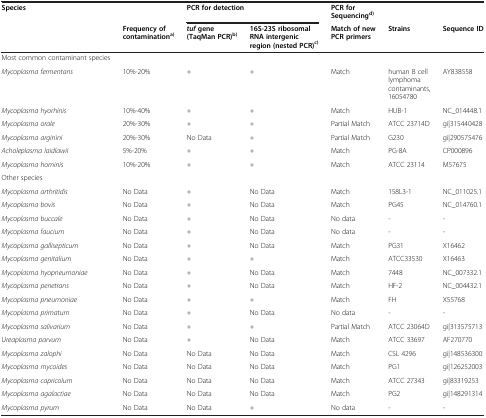
<table><thead><tr><td><b>Species</b></td><td><b> </b></td><td colspan="2"><b>PCR for detection</b></td><td><b>PCR for Sequencing<sup>d)</sup></b></td><td><b> </b></td><td><b> </b></td></tr><tr><td><b> </b></td><td><b>Frequency of contamination<sup>a)</sup></b></td><td><b><i>tuf</i>gene (TaqMan PCR)<sup>b)</sup></b></td><td><b>16S-23S ribosomal RNA intergenic region (nested PCR)<sup>c)</sup></b></td><td><b>Match of new PCR primers</b></td><td><b>Strains</b></td><td><b>Sequence ID</b></td></tr></thead><tbody><tr><td>Most common contaminant species</td><td> </td><td> </td><td> </td><td> </td><td> </td><td> </td></tr><tr><td><i>Mycoplasma fermentans</i></td><td>10%-20%</td><td>+</td><td>+</td><td>Match</td><td>human B cell lymphoma contaminants, 16054780</td><td>AY838558</td></tr><tr><td><i>Mycoplasma hyorhinis</i></td><td>10%-40%</td><td>+</td><td>+</td><td>Match</td><td>HUB-1</td><td>NC_014448.1</td></tr><tr><td><i>Mycoplasma orale</i></td><td>20%-30%</td><td>+</td><td>+</td><td>Partial Match</td><td>ATCC 23714D</td><td>gi|315440428</td></tr><tr><td><i>Mycoplasma arginini</i></td><td>20%-30%</td><td>No Data</td><td>+</td><td>Partial Match</td><td>G230</td><td>gi|290575476</td></tr><tr><td><i>Acholeplasma laidlawii</i></td><td>5%-20%</td><td>+</td><td>+</td><td>Match</td><td>PG-8A</td><td>CP000896</td></tr><tr><td><i>Mycoplasma hominis</i></td><td>10%-20%</td><td>+</td><td>+</td><td>Match</td><td>ATCC 23114</td><td>M57675</td></tr><tr><td>Other species</td><td> </td><td> </td><td> </td><td> </td><td> </td><td> </td></tr><tr><td><i>Mycoplasma arthritidis</i></td><td>No Data</td><td>+</td><td>No Data</td><td>Match</td><td>158L3-1</td><td>NC_011025.1</td></tr><tr><td><i>Mycoplasma bovis</i></td><td>No Data</td><td>+</td><td>No Data</td><td>Match</td><td>PG45</td><td>NC_014760.1</td></tr><tr><td><i>Mycoplasma buccale</i></td><td>No Data</td><td>+</td><td>No Data</td><td>No data</td><td>-</td><td>-</td></tr><tr><td><i>Mycoplasma faucium</i></td><td>No Data</td><td>+</td><td>No Data</td><td>No data</td><td>-</td><td>-</td></tr><tr><td><i>Mycoplasma gallisepticum</i></td><td>No Data</td><td>+</td><td>No Data</td><td>Match</td><td>PG31</td><td>X16462</td></tr><tr><td><i>Mycoplasma genitalium</i></td><td>No Data</td><td>+</td><td>+</td><td>Match</td><td>ATCC33530</td><td>X16463</td></tr><tr><td><i>Mycoplasma hyopneumoniae</i></td><td>No Data</td><td>+</td><td>No Data</td><td>Match</td><td>7448</td><td>NC_007332.1</td></tr><tr><td><i>Mycoplasma penetrans</i></td><td>No Data</td><td>+</td><td>No Data</td><td>Match</td><td>HF-2</td><td>NC_004432.1</td></tr><tr><td><i>Mycoplasma pneumoniae</i></td><td>No Data</td><td>+</td><td>+</td><td>Match</td><td>FH</td><td>X55768</td></tr><tr><td><i>Mycoplasma primatum</i></td><td>No Data</td><td>+</td><td>No Data</td><td>No data</td><td>-</td><td>-</td></tr><tr><td><i>Mycoplasma salivarium</i></td><td>No Data</td><td>+</td><td>+</td><td>Partial Match</td><td>ATCC 23064D</td><td>gi|313575713</td></tr><tr><td><i>Ureaplasma parvum</i></td><td>No Data</td><td>+</td><td>No Data</td><td>Match</td><td>ATCC 33697</td><td>AF270770</td></tr><tr><td><i>Mycoplasma zalophi</i></td><td>No Data</td><td>No Data</td><td>No Data</td><td>Match</td><td>CSL 4296</td><td>gi|148536300</td></tr><tr><td><i>Mycoplasma mycoides</i></td><td>No Data</td><td>No Data</td><td>No Data</td><td>Match</td><td>PG1</td><td>gi|126252003</td></tr><tr><td><i>Mycoplasma capricolum</i></td><td>No Data</td><td>No Data</td><td>No Data</td><td>Match</td><td>ATCC 27343</td><td>gi|83319253</td></tr><tr><td><i>Mycoplasma agalactiae</i></td><td>No Data</td><td>No Data</td><td>No Data</td><td>Match</td><td>PG2</td><td>gi|148291314</td></tr><tr><td><i>Mycoplasma pyrum</i></td><td>No Data</td><td>No Data</td><td>+</td><td>No data</td><td>-</td><td>-</td></tr></tbody></table>